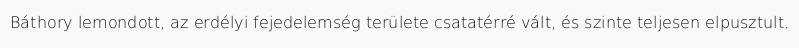
Báthory lemondott, az erdélyi fejedelemség területe csatatérré vált, és szinte teljesen elpusztult.